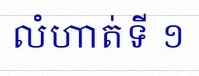
លំហាត់ទី ១